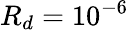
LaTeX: R_{d}=10^{-6}